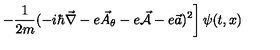
\left. - \frac { 1 } { 2 m } ( - i \hbar { \vec { \nabla } } - e { \vec { A } } _ { \theta } - e { \vec { \cal A } } - e { \vec { a } } ) ^ { 2 } \right] \psi ( t , x )